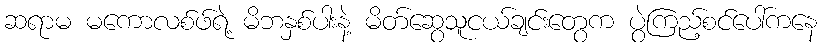
ဆရာမ မကောလစ်ဖ်ရဲ့ မိဘနှစ်ပါးနဲ့ မိတ်ဆွေသူငယ်ချင်းတွေက ပွဲကြည့်စင်ပေါ်ကနေ